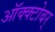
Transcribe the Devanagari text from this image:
ऑक्क्टोबर्